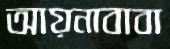
আয়নাবাবা